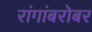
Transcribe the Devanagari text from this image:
रांगांबरोबर